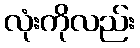
လုံးကိုလည်း